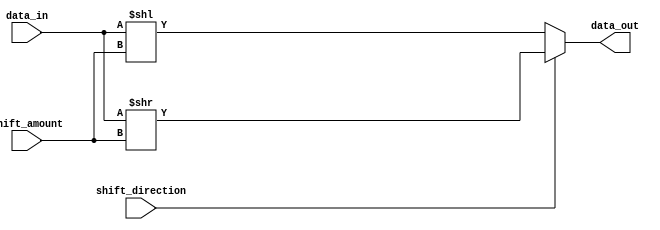
module barrel_shifter (
    input [15:0] data_in,
    input [2:0] shift_amount,
    input shift_direction,
    output reg [15:0] data_out
);

always @* begin
    if(shift_direction == 0) // Left shift
        data_out = data_in << shift_amount;
    else // Right shift
        data_out = data_in >> shift_amount;
end

endmodule